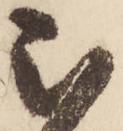
被